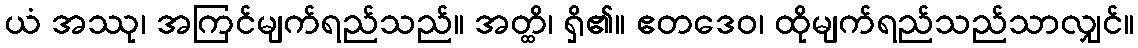
ယံ အဿု၊ အကြင်မျက်ရည်သည်။ အတ္ထိ၊ ရှိ၏။ ဧတဒေဝ၊ ထိုမျက်ရည်သည်သာလျှင်။